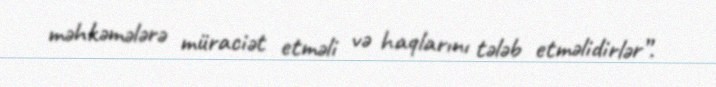
məhkəmələrə müraciət etməli və haqlarını tələb etməlidirlər”.